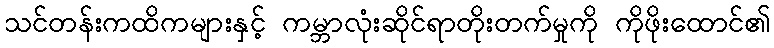
သင်တန်းကထိကများနှင့် ကမ္ဘာလုံးဆိုင်ရာတိုးတက်မှုကို ကိုဖိုးထောင်၏